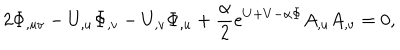
2 \Phi _ { , u v } - U _ { , u } \Phi _ { , v } - U _ { , v } \Phi _ { , u } + { \frac { \alpha } { 2 } } e ^ { U + V - \alpha \Phi } A _ { , u } A _ { , v } = 0 ,